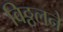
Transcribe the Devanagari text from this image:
विठ्ठलने